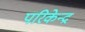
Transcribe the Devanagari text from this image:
परिकेन्द्र